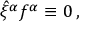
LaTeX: \hat { \xi } ^ { \alpha } f ^ { \alpha } \equiv 0 \, ,